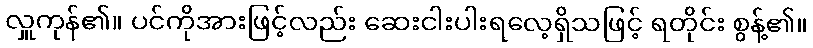
လှူကုန်၏။ ပင်ကိုအားဖြင့်လည်း ဆေးငါးပါးရလေ့ရှိသဖြင့် ရတိုင်း စွန့်၏။